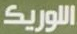
اللوريكـ